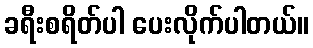
ခရီးစရိတ်ပါ ပေးလိုက်ပါတယ်။